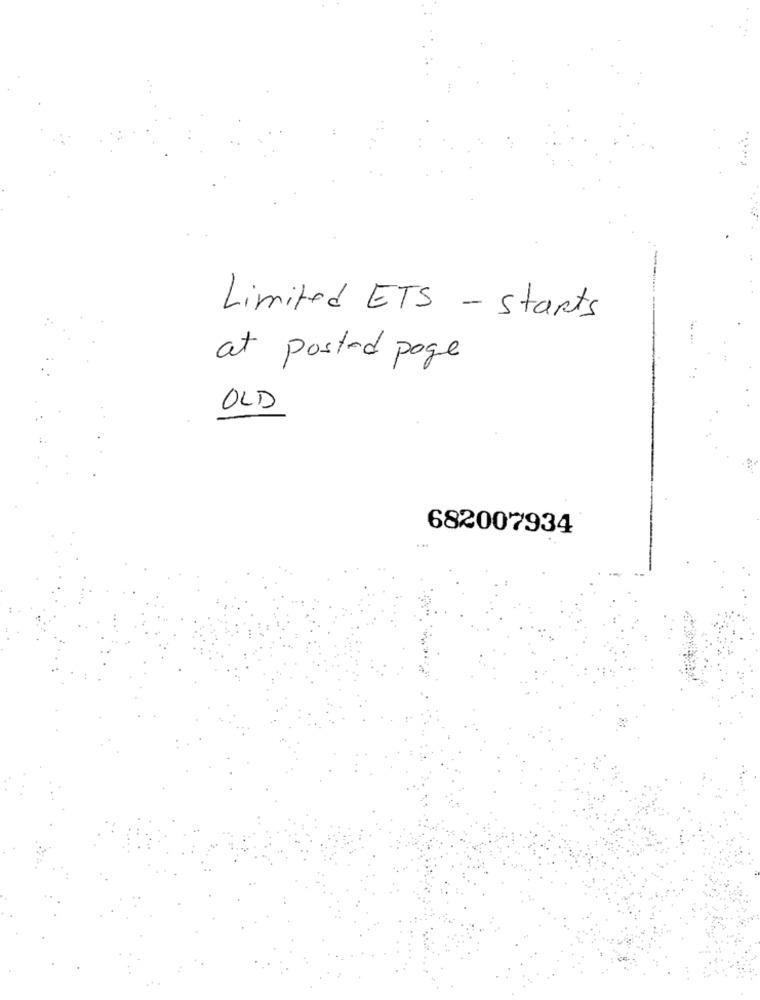
Limited ETS - starts
at posted page
OLD
682007934
.. .